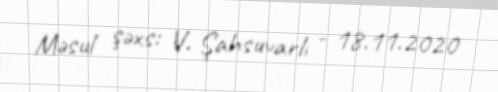
Məsul şəxs: V. Şahsuvarlı - 18.11.2020